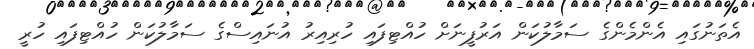
އެތަނުގައި އެންމެންގެ ސަމާލުކަން އަރުފީނަށް ހުއްޓިފައި ހުރިއިރު އުނައިސްގެ ސަމާލުކަން ހުއްޓިފައި ހުރީ